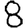
Digit: 8